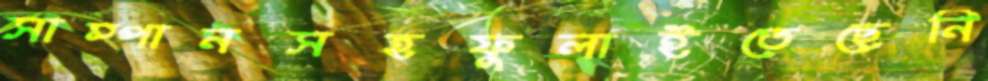
সাম্পানসহফুলাইতেছেনি